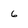
Character: 6